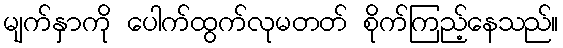
မျက်နှာကို ပေါက်ထွက်လုမတတ် စိုက်ကြည့်နေသည်။